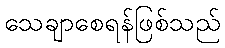
သေချာစေရန်ဖြစ်သည်